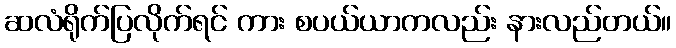
ဆလံရိုက်ပြလိုက်ရင် ကား စပယ်ယာကလည်း နားလည်တယ်။